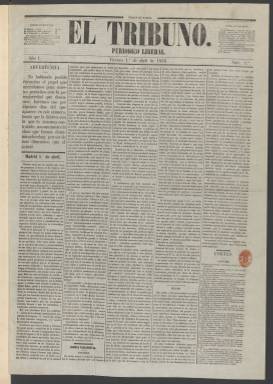
Título: El Tribuno (Madrid. 1853)
Colección: Periódicos
Ámbito geográfico: Madrid
Lugar de publicación: Madrid
Fechas: 01/04/1853-22/07/1855